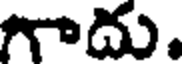
గాదు.